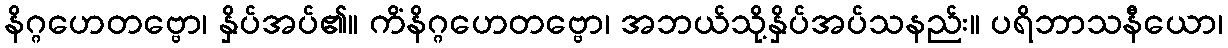
နိဂ္ဂဟေတဗ္ဗော၊ နှိပ်အပ်၏။ ကိံနိဂ္ဂဟေတဗ္ဗော၊ အဘယ်သို့နှိပ်အပ်သနည်း။ ပရိဘာသနီယော၊